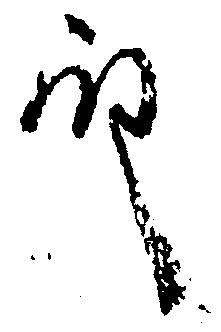
殿